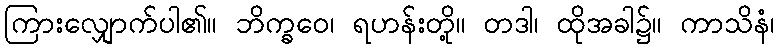
ကြားလျှောက်ပါ၏။ ဘိက္ခဝေ၊ ရဟန်းတို့။ တဒါ၊ ထိုအခါ၌။ ကာသိနံ၊